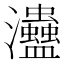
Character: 𤅱